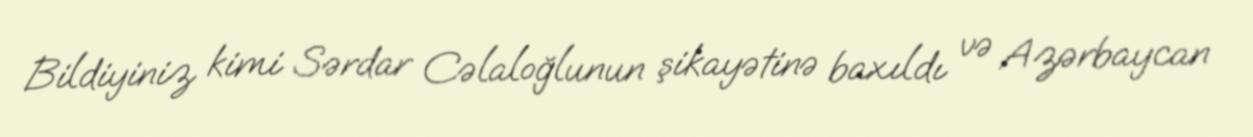
Bildiyiniz kimi Sərdar Cəlaloğlunun şikayətinə baxıldı və Azərbaycan